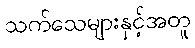
သက်သေများနှင့်အတူ